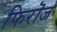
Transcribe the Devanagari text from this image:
फिरॊज